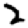
Digit: 2